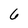
Character: 6